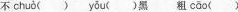
不 chuò () yōu (）黑 粗cāo（）